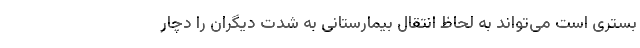
بستری است می‌تواند به لحاظ انتقال بیمارستانی به شدت دیگران را دچار